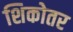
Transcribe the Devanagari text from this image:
शिकोतर